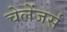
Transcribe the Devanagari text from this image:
चेलेंजर्स